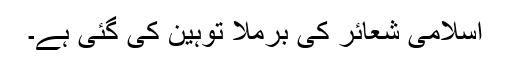
اسلامی شعائر کی برملا توہین کی گئی ہے۔